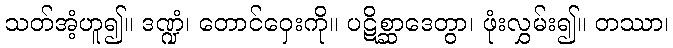
သတ်အံ့ဟူ၍။ ဒဏ္ဍံ၊ တောင်ဝှေးကို။ ပဋိစ္ဆာဒေတွာ၊ ဖုံးလွှမ်း၍။ တဿာ၊